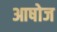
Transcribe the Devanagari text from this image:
आषोज